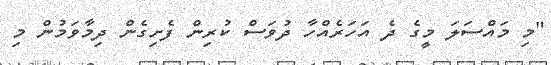
"މި މައްސަލަ މީގެ ދެ އަހަރެއްހާ ދުވަސް ކުރިން ފެށިގެން ދިމާވަމުން މި